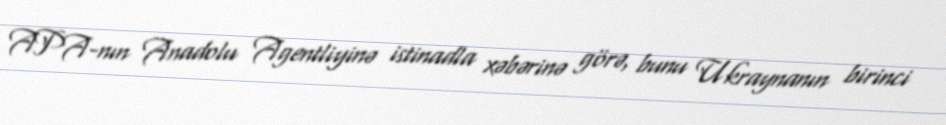
APA-nın Anadolu Agentliyinə istinadla xəbərinə görə, bunu Ukraynanın birinci